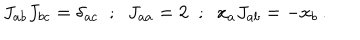
LaTeX: J _ { a b } J _ { b c } = \delta _ { a c } \; \; ; \; \; J _ { a a } = 2 \; \; ; \; \; x _ { a } J _ { a b } = - x _ { b } \, .